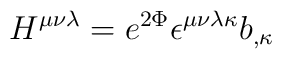
H^{\mu \nu \lambda }=e^{2\Phi }\epsilon ^{\mu \nu \lambda \kappa }b_{,\kappa}